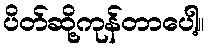
ပိတ်ဆို့ကုန်တာပေါ့။